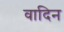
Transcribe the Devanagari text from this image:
वादिन